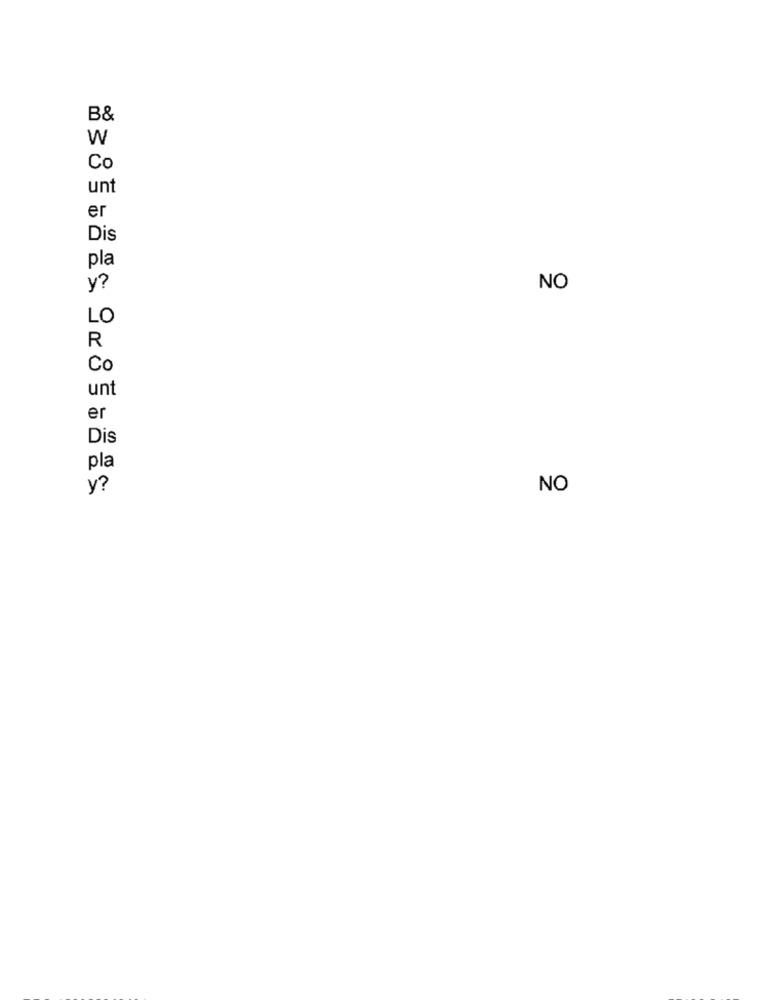
B&
W
Co
unt
er
Dis
pla
y?
NO
LO
R
Co
unt
er
Dis
pla
y?
NO